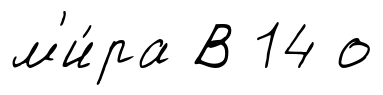
м'и́ра В 14 о